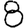
Digit: 8